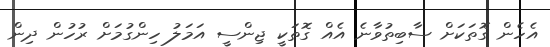
އެހެން ގޮތަކަށް ސާބިތުވާނެ އެއް ގޮތަކީ ޖިންސީ އަމަލު ހިންގުމަށް ރުހުން ދިން